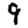
Digit: 9